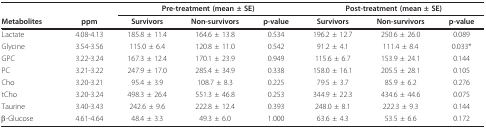
<table><thead><tr><td></td><td></td><td colspan="3"><b>Pre-treatment (mean ± SE)</b></td><td colspan="3"><b>Post-treatment (mean ± SE)</b></td></tr><tr><td><b>Metabolites</b></td><td><b>ppm</b></td><td><b>Survivors</b></td><td><b>Non-survivors</b></td><td><b>p-value</b></td><td><b>Survivors</b></td><td><b>Non-survivors</b></td><td><b>p-value</b></td></tr></thead><tbody><tr><td>Lactate</td><td>4.08-4.13</td><td>185.8 ± 11.4</td><td>164.6 ± 13.8</td><td>0.534</td><td>196.2 ± 12.7</td><td>250.6 ± 26.0</td><td>0.089</td></tr><tr><td>Glycine</td><td>3.54-3.56</td><td>115.0 ± 6.4</td><td>120.8 ± 11.0</td><td>0.542</td><td>91.2 ± 4.1</td><td>111.4 ± 8.4</td><td>0.033*</td></tr><tr><td>GPC</td><td>3.22-3.24</td><td>167.3 ± 12.4</td><td>170.1 ± 23.9</td><td>0.949</td><td>115.6 ± 6.7</td><td>153.9 ± 24.1</td><td>0.144</td></tr><tr><td>PC</td><td>3.21-3.22</td><td>247.9 ± 17.0</td><td>285.4 ± 34.9</td><td>0.338</td><td>158.0 ± 16.1</td><td>205.5 ± 28.1</td><td>0.105</td></tr><tr><td>Cho</td><td>3.20-3.21</td><td>95.4 ± 3.9</td><td>108.7 ± 8.3</td><td>0.225</td><td>79.5 ± 3.7</td><td>85.9 ± 6.2</td><td>0.276</td></tr><tr><td>tCho</td><td>3.20-3.24</td><td>498.3 ± 26.4</td><td>551.3 ± 46.8</td><td>0.253</td><td>344.9 ± 22.3</td><td>434.6 ± 44.6</td><td>0.075</td></tr><tr><td>Taurine</td><td>3.40-3.43</td><td>242.6 ± 9.6</td><td>222.8 ± 12.4</td><td>0.393</td><td>248.0 ± 8.1</td><td>222.3 ± 9.3</td><td>0.144</td></tr><tr><td>β-Glucose</td><td>4.61-4.64</td><td>48.4 ± 3.3</td><td>49.3 ± 6.0</td><td>1.000</td><td>63.6 ± 4.3</td><td>53.5 ± 6.6</td><td>0.172</td></tr></tbody></table>